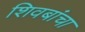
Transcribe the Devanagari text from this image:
शिवबांचा